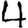
Digit: 4